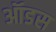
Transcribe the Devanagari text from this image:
ऑडस